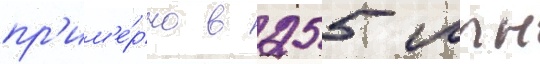
пр'им'е́рно в 255 млн